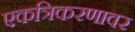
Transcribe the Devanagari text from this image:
एकत्रिकरणावर